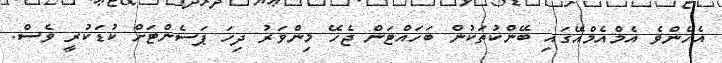
އެހެންވެ އެމްއެމްއޭގައި ބޭންކުތަކުން ބަހައްޓަން ޖެހޭ މިންވަރު ދިހަ ޕަސެންޓަށް ކުޑަކުރީ ވެސް.